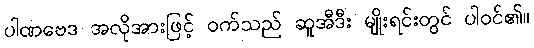
ပါဏဗေဒ အလိုအားဖြင့် ဝက်သည် ဆူအီဒီး မျိုးရင်းတွင် ပါဝင်၏။